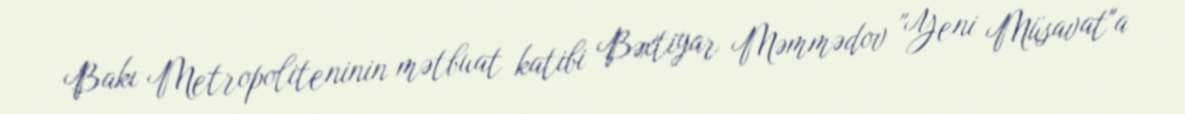
Bakı Metropoliteninin mətbuat katibi Bəxtiyar Məmmədov "Yeni Müsavat"a